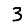
Digit: 3